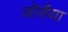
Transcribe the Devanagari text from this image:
जोसैया